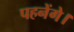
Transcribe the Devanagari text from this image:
पहनेंगे।